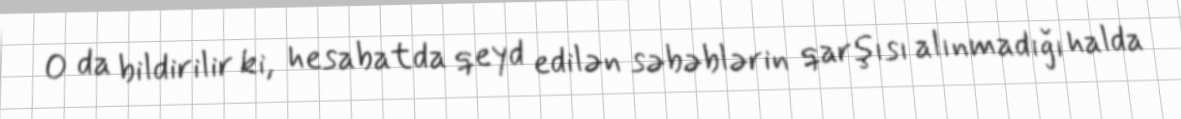
O da bildirilir ki, hesabatda qeyd edilən səbəblərin qarşısı alınmadığı halda